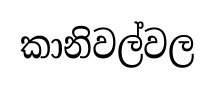
කානිවල්වල